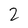
Character: 2